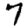
Digit: 7